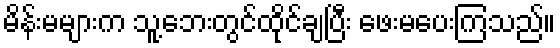
မိန်းမများက သူ့ဘေးတွင်ထိုင်ချပြီး ဖေးမပေးကြသည်။